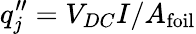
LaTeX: q_{j}^{\prime\prime}=V_{DC}I/A_{\mathrm{foil}}